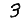
Digit: 3